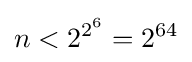
n<2^{2^{6}}=2^{64}